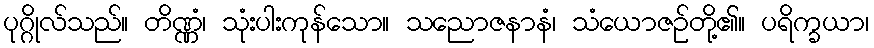
ပုဂ္ဂိုလ်သည်။ တိဏ္ဏံ၊ သုံးပါးကုန်သော။ သညောဇနာနံ၊ သံယောဇဉ်တို့၏။ ပရိက္ခယာ၊